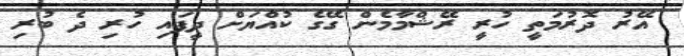
އޭރު ދޮރުމަތީ ހުރީ ރޭޝްމާމެން ގޭގެ ކުއްޔަށް ދީފައި ހުރި ދެ ބުރި